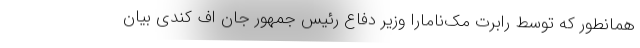
همانطور که توسط رابرت مک‌نامارا وزیر دفاع رئیس جمهور جان اف کندی بیان